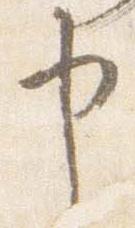
申